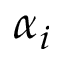
\alpha _ { i }